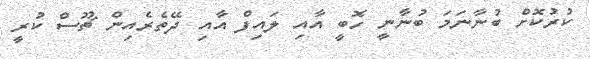
ކުރުކޮށް ބުނާނަމަ ބުނާނީ ހޮބީ އާއި ލައިފް އާއި ދޭތެރެއިން ޗޫސް ކުރީ